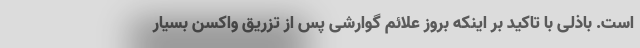
است. باذلی با تاکید بر اینکه بروز علائم گوارشی پس از تزریق واکسن بسیار